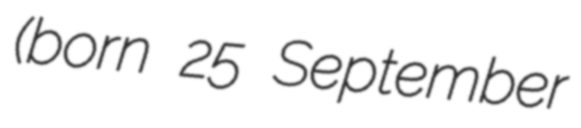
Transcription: (born 25 September